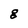
Character: g